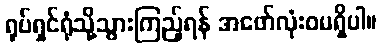
ရုပ်ရှင်ရုံသို့သွားကြည့်ရန် အဖော်လုံးဝမရှိပါ။